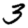
Digit: 3